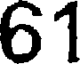
61